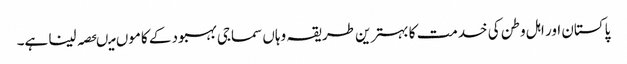
پاکستان اور اہل وطن کی خدمت کا بہترین طریقہ وہاں سماجی بہبود کے کاموں میںحصہ لینا ہے۔